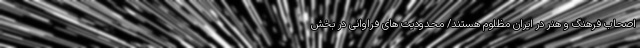
اصحاب فرهنگ و هنر در ایران مظلوم هستند/ محدودیت های فراوانی در بخش